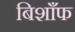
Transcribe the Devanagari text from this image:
बिशाँफ